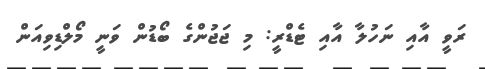
ރަވީ އާއި ނަހުލާ އާއި ޓެޑްރީ: މި ޖަޖުންގެ ބޯޑުން ވަނީ މޯލްޑިވިއަން